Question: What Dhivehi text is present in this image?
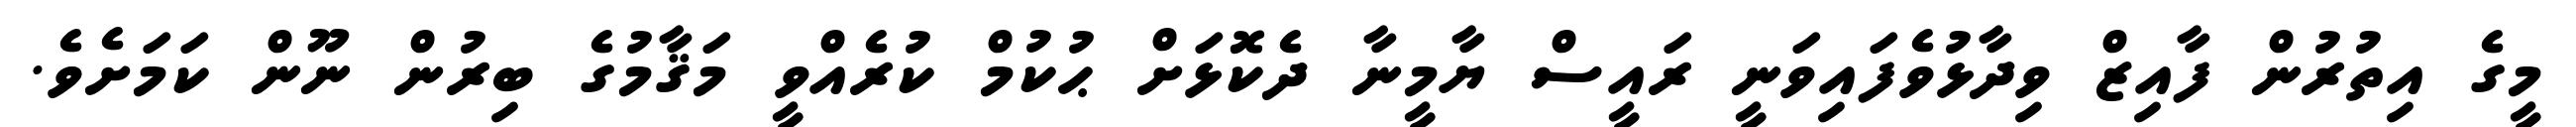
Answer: މީގެ އިތުރުން ފާއިޒް ވިދާޅުވެފައިވަނީ ރައީސް ޔާމީނާ ދެކޮޅަށް ޙުކުމް ކުރެއްވީ މަޤާމުގެ ބިރުން ނޫން ކަމަށެވެ.